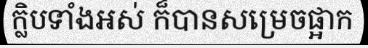
ក្លិបទាំងអស់ ក៏បានសម្រេចផ្អាក